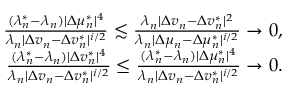
\begin{array} { r } { \frac { ( \lambda _ { n } ^ { * } - \lambda _ { n } ) | \Delta \mu _ { n } ^ { * } | ^ { 4 } } { \lambda _ { n } | \Delta v _ { n } - \Delta v _ { n } ^ { * } | ^ { i / 2 } } \lesssim \frac { \lambda _ { n } | \Delta v _ { n } - \Delta v _ { n } ^ { * } | ^ { 2 } } { \lambda _ { n } | \Delta \mu _ { n } - \Delta \mu _ { n } ^ { * } | ^ { i / 2 } } \to 0 , } \\ { \frac { ( \lambda _ { n } ^ { * } - \lambda _ { n } ) | \Delta v _ { n } ^ { * } | ^ { 4 } } { \lambda _ { n } | \Delta v _ { n } - \Delta v _ { n } ^ { * } | ^ { i / 2 } } \leq \frac { ( \lambda _ { n } ^ { * } - \lambda _ { n } ) | \Delta \mu _ { n } ^ { * } | ^ { 4 } } { \lambda _ { n } | \Delta v _ { n } - \Delta v _ { n } ^ { * } | ^ { i / 2 } } \to 0 . } \end{array}